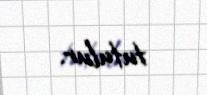
tutulur.